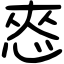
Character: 㤲